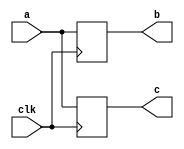
module blocking(
    input clk,
    input [3:0] a,
    output reg [3:0] b, c
);
    always @(posedge clk)begin
        b = a;
        c = b;
        $display("Blocking: a = %d, b = %d, c = %d.",a,b,c);
    end
endmodule